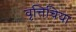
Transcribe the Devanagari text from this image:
वृत्तिचिया